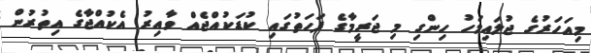
މިއަހަރުގެ ޖުލައިމަހު ހިންގި މި ޖަރީމާގެ ފަހަތުގައި ކުޑަކުއްޖެއް ވާއިރު އެކުއްޖާގެ އިތުރުން